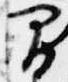
間